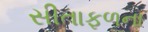
સીતાફળના